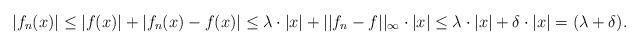
LaTeX: \begin{align*}|f_n(x)| \le |f(x)| + |f_n(x) -f(x)|\le \lambda \cdot |x| + ||f_n -f||_{\infty} \cdot |x|\le \lambda \cdot |x| + \delta \cdot |x|= (\lambda + \delta).\end{align*}